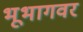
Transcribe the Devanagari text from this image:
भूभागवर